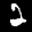
Label: 2